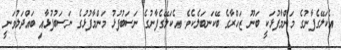
އެކަލޭގެފާނުގެ މަންމާފުޅަކީ ބަނޫ ޒަހްރާގެ ބޭކަނބަލެކެވެ. އެކަލޭގެފާނުގެ ނަސަބުފުޅު މަންމާފުޅުގެ ނަސަބުފުޅާއި ބައްދަލުވަނީ